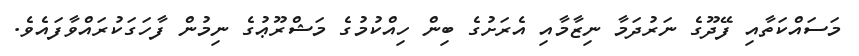
މަސައްކަތާއި ފޭދޫގެ ނަރުދަމާ ނިޒާމާއި އެރަށުގެ ބިން ހިއްކުމުގެ މަޝްރޫޢުގެ ނިމުން ފާހަގަކުރައްވާފައެވެ.